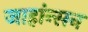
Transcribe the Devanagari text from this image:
जाहांन्सन